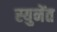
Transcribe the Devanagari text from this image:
स्युनेंत